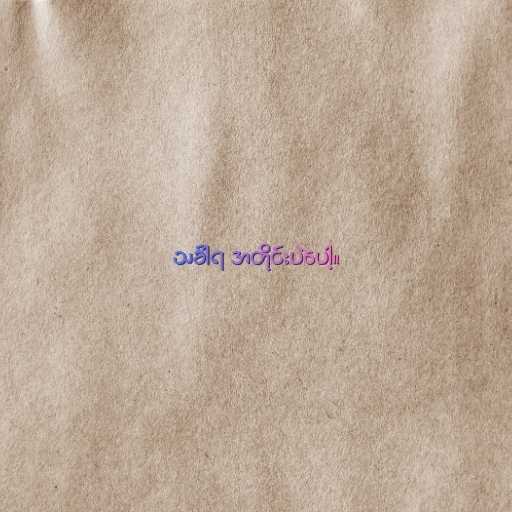
သင်္ခါရ အတိုင်းပဲပေါ့။